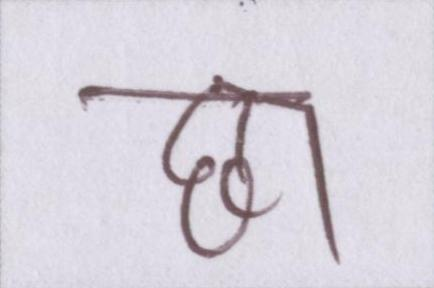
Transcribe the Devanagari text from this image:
छा